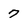
Character: 7